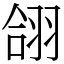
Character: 翖